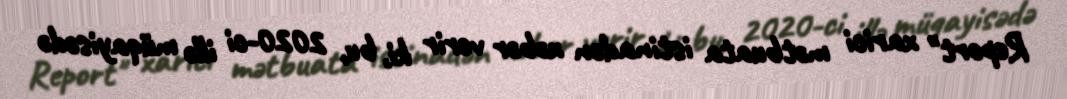
Report" xarici mətbuata istinadən xəbər verir ki, bu, 2020-ci illə müqayisədə